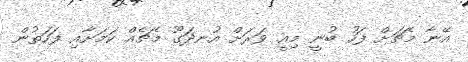
އޭނާ މެޗަށް ފަހު ބުނީ މިއީ ވަރަށް އުނދަގޫ މެޗެއް ކަމަށާއި ފަހަތުން